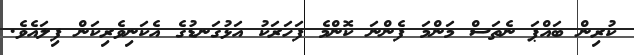
ކުރިން ބައްޕަ ނެތަސް މަންމަ ފެންނަ ކޮންމެ ފަހަރަކު އަޅުގަނޑުގެ އެކަނިވެރިކަން ފިލައެވެ.